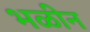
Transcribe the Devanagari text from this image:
भळीन